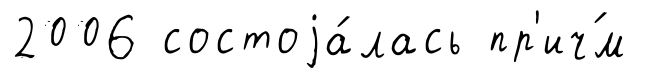
2006 состоjа́лась пр'ич́м